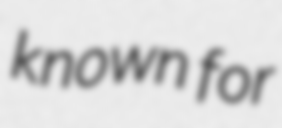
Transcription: known for